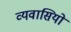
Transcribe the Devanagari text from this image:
व्यवासियों